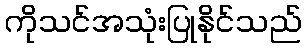
ကိုသင်အသုံးပြုနိုင်သည်